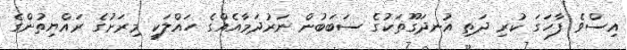
އިސްވެ ފާހަގަ ކުރި ދަތި އުނދަގޫތަކުގެ ސަބަބުން ނަރުދަމާއެއްގެ ހައްލަކީ މިރަށުގެ ރައްޔިތުންގެ